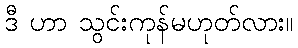
ဒီ ဟာ သွင်းကုန်မဟုတ်လား။